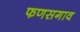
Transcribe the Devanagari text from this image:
फणसगाव